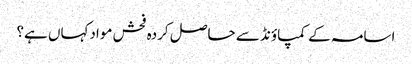
اسامہ کے کمپاؤنڈ سے حاصل کردہ فحش موادکہاں ہے؟